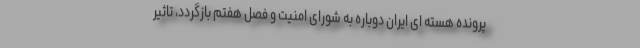
پرونده هسته ای ایران دوباره به شورای امنیت و فصل هفتم بازگردد، تاثیر